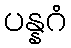
ပန္နဂံ